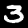
Digit: 3